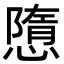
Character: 𢡢